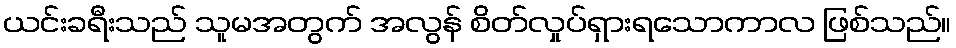
ယင်းခရီးသည် သူမအတွက် အလွန် စိတ်လှုပ်ရှားရသောကာလ ဖြစ်သည်။